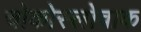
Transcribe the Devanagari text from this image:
चोकोस्लोवाक